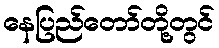
နေပြည်တော်တို့တွင်